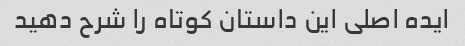
ایده اصلی این داستان کوتاه را شرح دهید